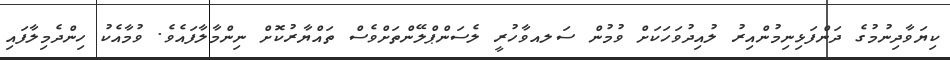
ކިޔަވާދިނުމުގެ ދަންފަޅިނިމުންއިރު ލުއިދުވަހަކަށް ވުމުން ސަލއވާހުރީ ލެސަންޕްލޭންތަށްވެސް ތައްޔާރުކޮށް ނިންމާލާފައެވެ. ވުމާއެކު ހިންދެމިލާފައި